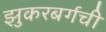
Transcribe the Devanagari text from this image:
झुकरबर्गची